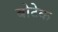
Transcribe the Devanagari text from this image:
बोटेक